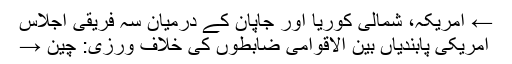
← امریکہ، شمالی کوریا اور جاپان کے درمیان سہ فریقی اجلاس
امریکی پابندیاں بین الاقوامی ضابطوں کی خلاف ورزی: چین →